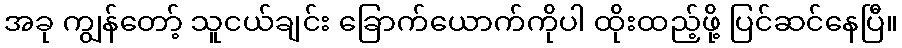
အခု ကျွန်တော့် သူငယ်ချင်း ခြောက်ယောက်ကိုပါ ထိုးထည့်ဖို့ ပြင်ဆင်နေပြီ။